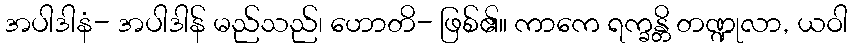
အပါဒါနံ- အပါဒါန် မည်သည်၊ ဟောတိ- ဖြစ်၏။ ကာကေ ရက္ခန္တိ တဏ္ဍုလာ, ယဝါ